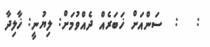
:   :  ސަންއަށް ޚަބަރެއް ދެއްވުމަށް: ލިޔުނީ: ޚާލިދާ